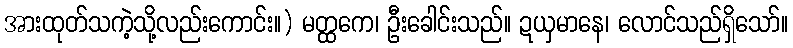
အားထုတ်သကဲ့သို့လည်းကောင်း။) မတ္ထကေ၊ ဦးခေါင်းသည်။ ဍယှမာနေ၊ လောင်သည်ရှိသော်။